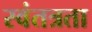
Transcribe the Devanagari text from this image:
स्‍वंतत्रता